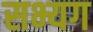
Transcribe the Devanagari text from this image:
सभ्यग